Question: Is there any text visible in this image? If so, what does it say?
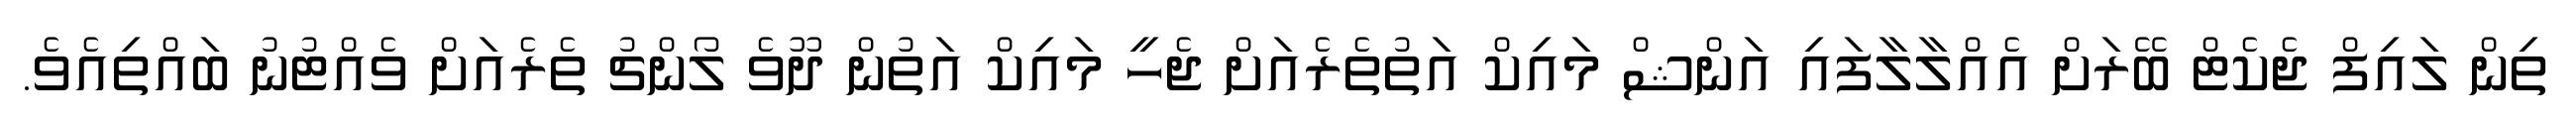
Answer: ތިން ލައިފް ޖެކެޓް ބޭރަށް އެއްލާލާފައި އަންޝް މައިކް އަތުތެރެއަށް ޖެހީ މައިކް އަތުން ދޫވެ ލޯންޗު ތެރެއަށް ވެއްޓުނު ބައްތިއެވެ.